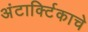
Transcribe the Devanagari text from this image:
अंटार्क्टिकाचे